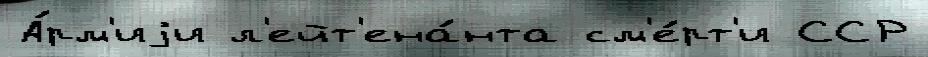
А́рм'иjи л'ейт'ена́нта см'е́рт'и ССР